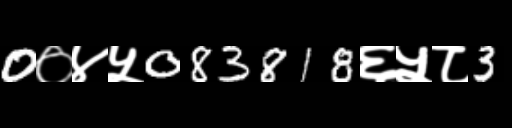
Text: 0०४५083818६५८3